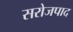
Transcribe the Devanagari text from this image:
सरोजपाद